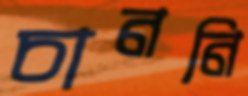
চাননি